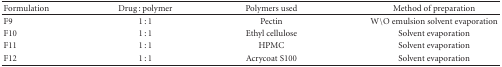
| Formulation | Drug : polymer | Polymers used | Method of preparation |
 | --- | --- | --- | --- |
 | F9 | 1 : 1 | Pectin | W\O emulsion solvent evaporation |
 | F10 | 1 : 1 | Ethyl cellulose | Solvent evaporation |
 | F11 | 1 : 1 | HPMC | Solvent evaporation |
 | F12 | 1 : 1 | Acrycoat S100 | Solvent evaporation |